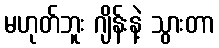
မဟုတ်ဘူး ဂျိန်းနဲ့ သွားတာ